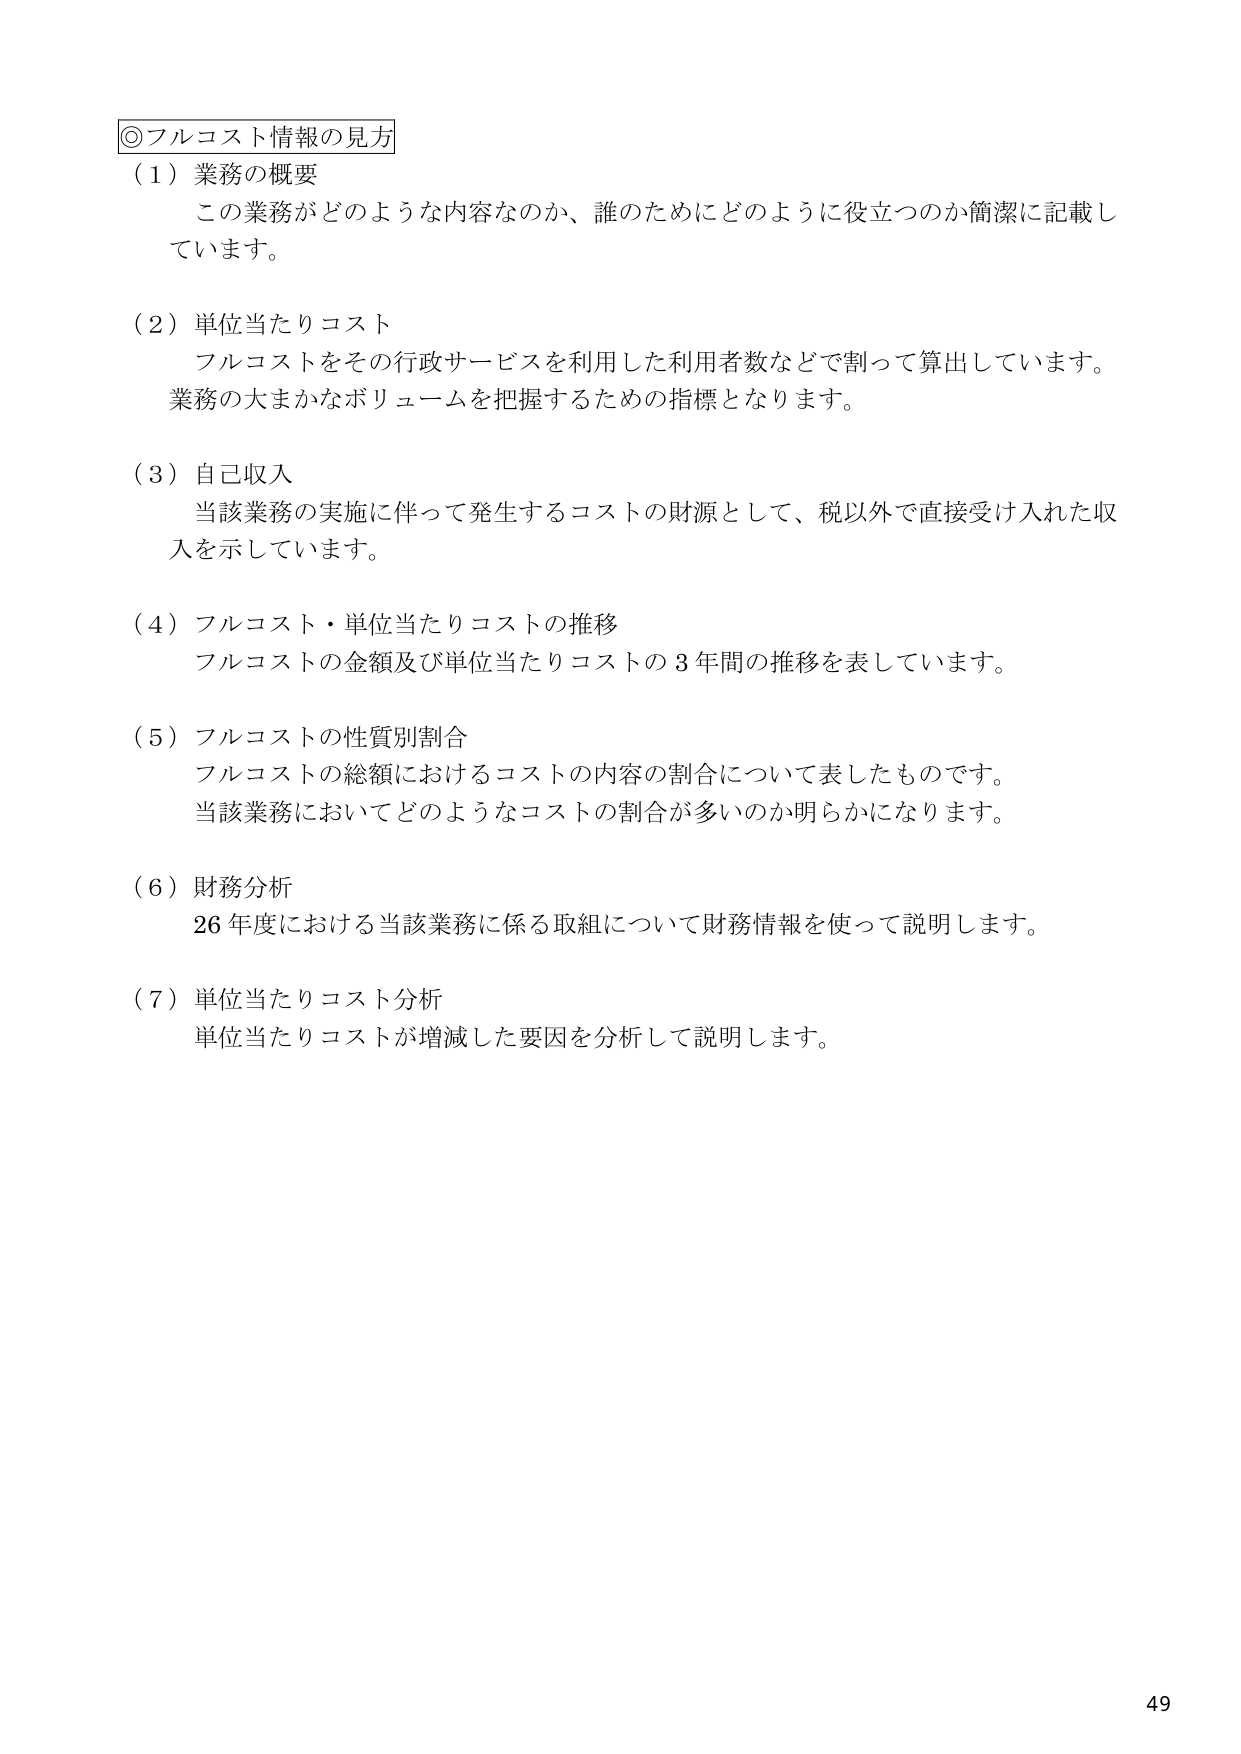
◎フルコスト情報の見方
（1）業務の概要
　この業務がどのような内容なのか、誰のためにどのように役立つか簡潔に記載しています。

（2）単位当たりコスト
　フルコストをその行政サービスを利用した利用者数などで割って算出しています。
　業務の大まかなボリュームを把握するための指標となります。

（3）自己収入
　当該業務の実施に伴って発生するコストの財源として、税以外で直接受け入れた収入を示しています。

（4）フルコスト・単位当たりコストの推移
　フルコストの金額及び単位当たりコストの3年間の推移を表しています。

（5）フルコストの性質別割合
　フルコストの総額におけるコストの内容の割合について表したものです。
　当該業務においてどのようなコストの割合が多いのか明らかになります。

（6）財務分析
　26年度における当該業務に係る取組について財務情報を使って説明します。

（7）単位当たりコスト分析
　単位当たりコストが増減した要因を分析して説明します。

49